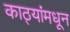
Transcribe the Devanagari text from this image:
काठ्यांमधून